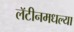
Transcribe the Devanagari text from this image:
लॅटीनमधल्या